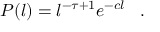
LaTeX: P ( l ) = l ^ { - \tau + 1 } e ^ { - c l } \, \, \, \, \, . \, \, \, \, \,